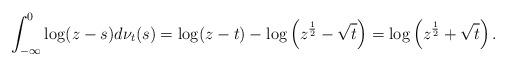
LaTeX: \begin{align*}\int_{-\infty}^0 \log(z-s) d\nu_t(s) = \log(z-t) - \log\left(z^{\frac{1}{2}} - \sqrt{t}\right) = \log\left(z^{\frac{1}{2}} +\sqrt{t}\right).\end{align*}